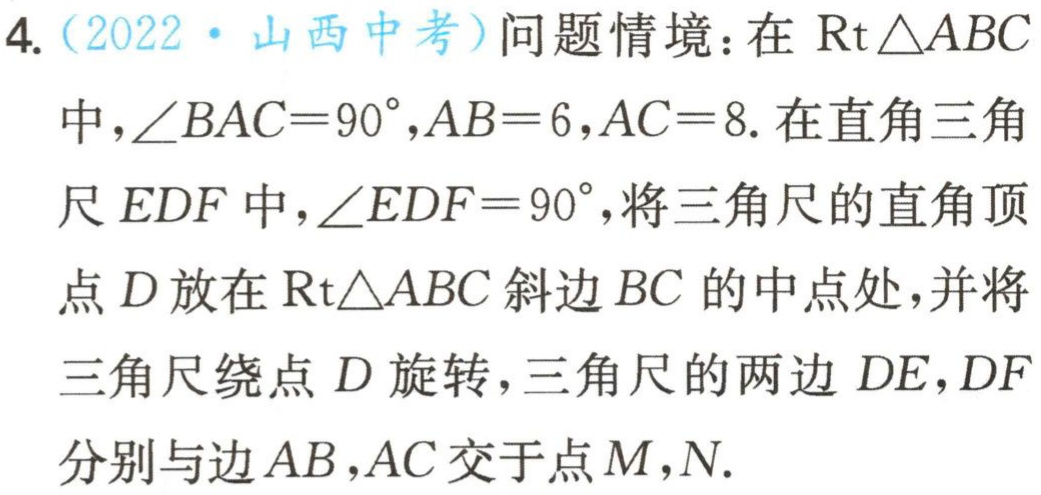
4.（2022·山西中考）问题情境：在$\mathrm{Rt}\triangle ABC$中，$\angle BAC = 90^{\circ}$，$AB = 6$，$AC = 8$. 在直角三角尺$EDF$中，$\angle EDF = 90^{\circ}$，将三角尺的直角顶点$D$放在$\mathrm{Rt}\triangle ABC$斜边$BC$的中点处，并将三角尺绕点$D$旋转，三角尺的两边$DE$，$DF$分别与边$AB$，$AC$交于点$M$，$N$.